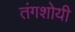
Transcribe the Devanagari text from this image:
तंगशोयी